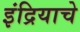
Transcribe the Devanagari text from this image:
इंद्रियाचे